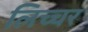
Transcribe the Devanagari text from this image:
लिच्चर